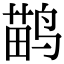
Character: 鹋